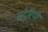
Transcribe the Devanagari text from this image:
संदरियों